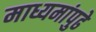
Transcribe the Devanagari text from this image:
माध्यमांपुढे